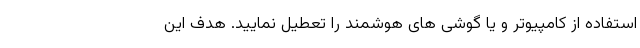
استفاده از کامپیوتر و یا گوشی های هوشمند را تعطیل نمایید. هدف این